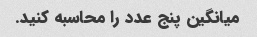
میانگین پنج عدد را محاسبه کنید.